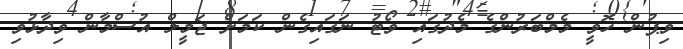
ވިޕުން ހޮވީ މެމްބަރުންގެ މެދުގައި ވޯޓު ނަގައިގެން ކަމަށް ޖަމީލް އުސްމާން ވިދާޅުވި